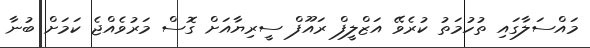
މައްސަލާގައި ތުހުމަތު ކުރެވޭ އަޒްލީފް ރައޫފް ސީރިޔާއަށް ގޮސް މަރުވެއްޖެ ކަމަށް ބުނާ